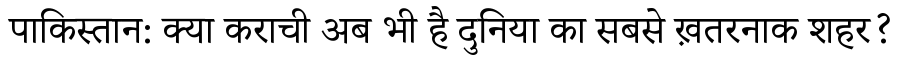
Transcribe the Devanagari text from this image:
पाकिस्तान: क्या कराची अब भी है दुनिया का सबसे ख़तरनाक शहर?